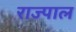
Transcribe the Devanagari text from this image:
राज्पाल